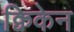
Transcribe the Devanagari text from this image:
क्विकेन